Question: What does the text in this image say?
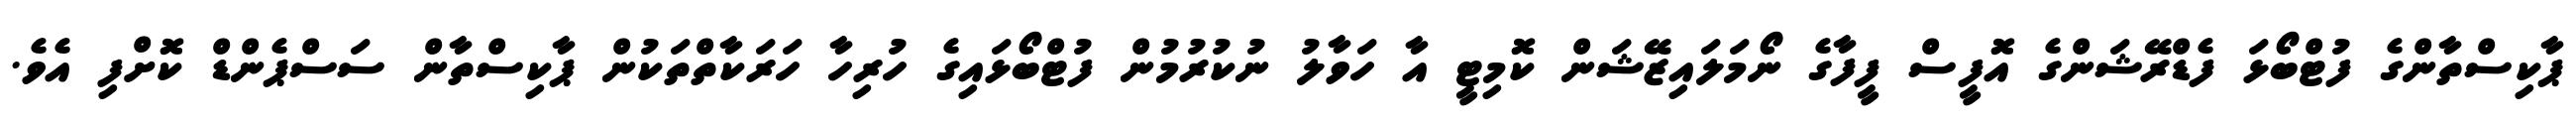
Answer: ޕާކިސްތާންގެ ފުޓްބޯޅަ ފެޑްރޭޝަންގެ އޮފީސް ފީފާގެ ނޯމަލައިޒޭޝަން ކޮމިޓީ އާ ހަވާލު ނުކުރުމުން ފުޓްބޯޅައިގެ ހުރިހާ ހަރަކާތްތަކުން ޕާކިސްތާން ސަސްޕެންޑް ކޮށްފި އެވެ.